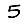
Digit: 5